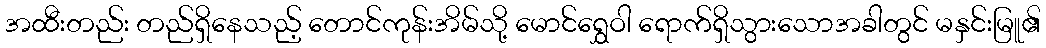
အထီးတည်း တည်ရှိနေသည့် တောင်ကုန်းအိမ်သို့ မောင်ရွှေဝါ ရောက်ရှိသွားသောအခါတွင် မနှင်းမြူ၏